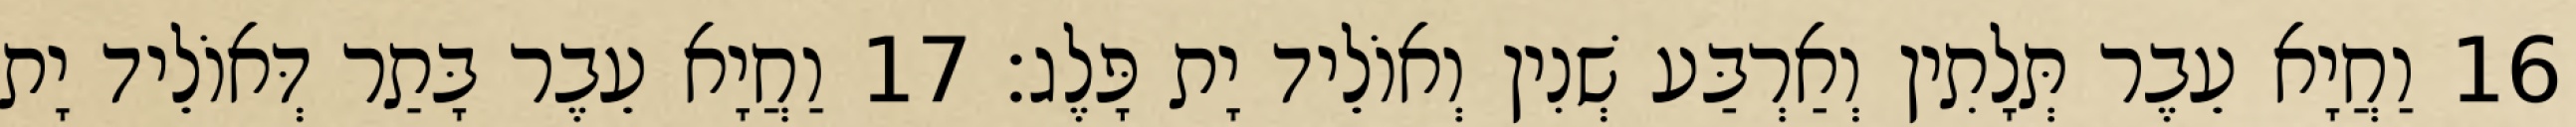
16 וַחֲיָא עֵבֶר תְּלָתִין וְאַרְבַּע שְׁנִין וְאוֹלֵיד יָת פָּלֶג׃ 17 וַחֲיָא עֵבֶר בָּתַר דְּאוֹלֵיד יָת